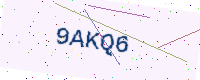
Text: 9AKQ6